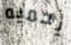
يحميه